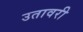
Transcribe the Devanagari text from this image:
उतावरी